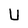
Character: U